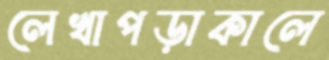
লেখাপড়াকালে